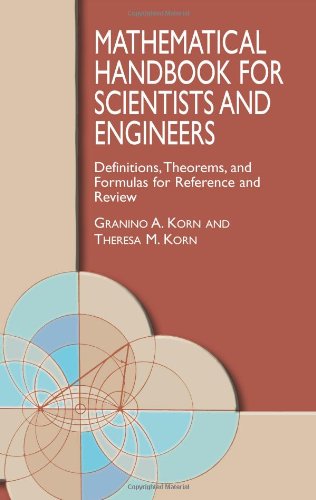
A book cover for Mathematical Handbook for Scientists and Engineers: Definitions, Theorems, and Formulas for Reference and Review (Dover Civil and Mechanical Engineering); Granino A. Korn; Science & Math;